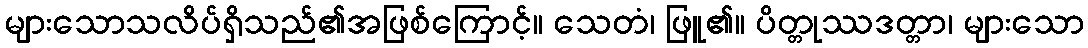
များသောသလိပ်ရှိသည်၏အဖြစ်ကြောင့်။ သေတံ၊ ဖြူ၏။ ပိတ္တုဿဒတ္တာ၊ များသော